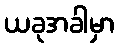
ယခုအခါမှာ